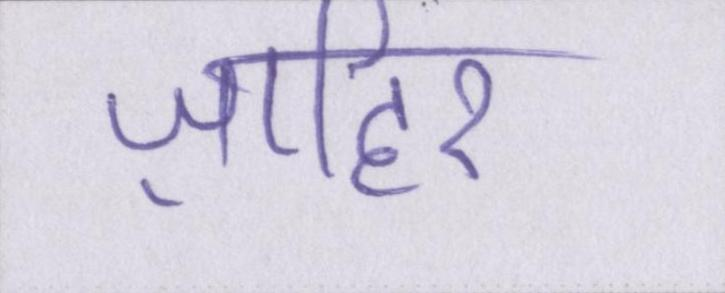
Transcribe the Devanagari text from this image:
ज़ाहिर